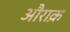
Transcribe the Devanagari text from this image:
औराक़